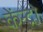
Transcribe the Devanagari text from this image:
केंन्द्रो